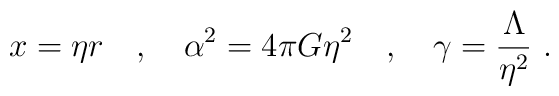
x = \eta r \quad , \quad      \alpha^2 = 4 \pi G \eta^2 \quad , \quad       \gamma = \frac{\Lambda}{\eta^2} \ .